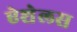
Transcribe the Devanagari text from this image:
ऐशेलस